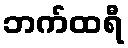
ဘက်ထရီ